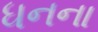
ધનના